Report on vaccination in Madras 1904-1921 - 1904-1921
Year: 1904
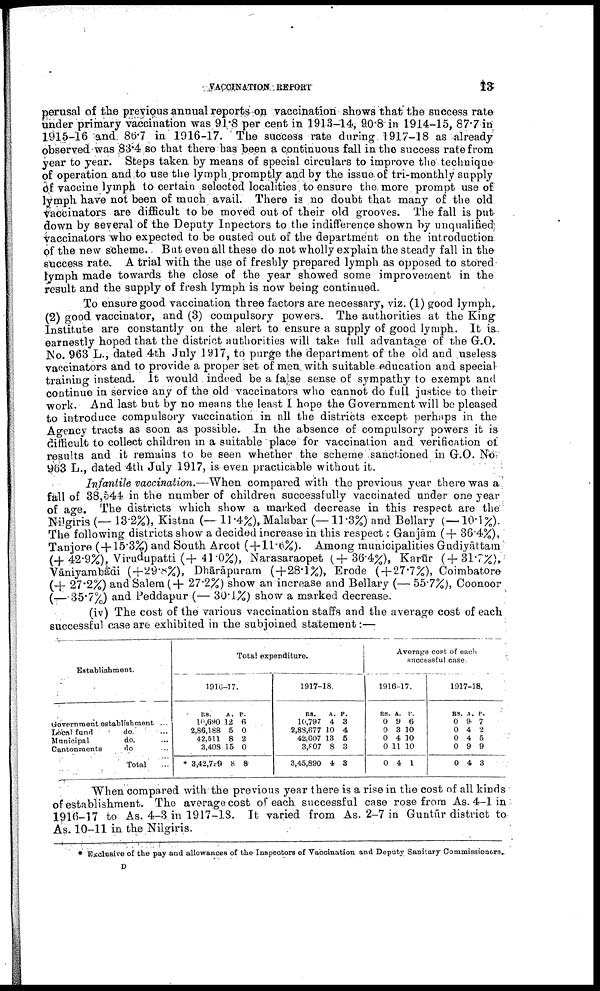
VACCINATION REPORT
13
perusal of the previous annual reports on vaccination shows that the success rate
under primary vaccination was 91.8 per cent in 1913-14, 9.0 8 in 1914-15, 87.7 in
1915-16 and 86.7 in 1916-17. The success rate during 1917-18 as already
observed was 83.4 so that there has been a continuous fall in the success rate from
year to year. Steps taken by means of special circulars to improve the technique
of operation and to use the lymph promptly and by the issue of tri-monthly supply
of vaccine lymph to certain selected localities to ensure the more prompt use of
lymph have not been of much avail. There is no doubt that many of the old
vaccinators are difficult to be moved out of their old grooves. The fall is put
down by several of the Deputy Inpectors to the indifference shown by unqualified
vaccinators who expected to be ousted out of the department on the introduction
of the new scheme. But even all these do not wholly explain the steady fall in the
success rate. A trial with the use of freshly prepared lymph as opposed to stored
lymph made towards the close of the year showed some improvement in the
result and the supply of fresh lymph is now being continued.
To ensure good vaccination three factors are necessary, viz. (1) good lymph,
(2) good vaccinator, and (3) compulsory powers. The authorities at the King
Institute are constantly on the alert to ensure a supply of good lymph. It is
earnestly hoped that the district authorities will take full advantage of the G.O.
No. 963 L., dated 4th July 1917, to purge the department of the old and useless
vaccinators and to provide a proper set of men with suitable education and special
training instead. It would indeed be a false sense of sympathy to exempt and
continue in service any of the old vaccinators who cannot do full justice to their
work And last but by no means the least I hope the Government will be pleased
to introduce compulsory vaccination in all the districts except perhaps in the
Agency tracts as soon as possible. In the absence of compulsory powers it is
difficult to collect children in a suitable place for vaccination and verification of
results and it remains to be seen whether the scheme sanctioned in G.O. No.
963 L., dated 4th July 1917, is even practicable without it.
Infantile vaccination.—When compared with the previous year there was a!
fall of 38,544 in the number of children successfully vaccinated under one year
of age. The districts which show a marked decrease in this respect are the
Nilgiris (— 13.2%), Kistna (— 11.4%), Malabar (—11.3%) and Bellary (—10.1%).
The following districts show a decided increase in this respect: Ganjām (+ 36.4%),
Tanjore (+ 15.3%) and South Arcot (+11.6%). Among municipalities Gudiyāttam
(+ 42.9%), Virudupatti(+41.0%), Narasaraopet (+36.4%), Karūr (+ 31.7%),
Vāniyambādi (+29.8%), Dhārāpuram (+28.1%), Erode (+ 27.7%), Coimbatore
(+ 27.2%) and Salem (+ 27.2%) show an increase and Bellary (— 55.7%), Coonoor
(— 35.7%) and Peddapur (— 30.1%) show a marked decrease.
(iv) The cost of the various vaccination staffs and the average cost of each
successful case are exhibited in the subjoined statement:—
Establishment.
Government establishment ...
Local fund
do.
...
Municipal
do. ...
Cantonments
do ...
Total
...
Total expenditure.
1916-17.
RS.
10,690
2,86,188
42,511
3,408
3,42,709
A.
12
5
8
15
8
P.
6
0
2
0
8
1917-18.
RS.
10,797
2,83,677
42,607
3,807
3,45,890
A.
4
10
13
8
4
P.
3
4
5
3
3
Average cost of each
successful case.
1916-17.
RS.
0
0
0
0
0
A.
9
3
4
11
4
P.
6
10
10
10
1
1917-18.
RS.
0
0
0
0
0
A.
9
4
4
9
4
P.
7
2
5
9
3
When compared with the previous year there is a rise in the cost of all kinds
of establishment. The average cost of each successful case rose from As. 4-1 in
1916-17 to As. 4-3 in 1917-18. It varied from As. 2-7 in Guntūr district to
As. 10-11 in the Nilgiris.
* Exclusive of the pay and allowances of the Inspectors of Vaccination and Deputy Sanitary Commissioners.
D